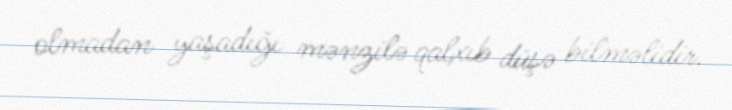
olmadan yaşadığı mənzilə qalxıb düşə bilməlidir.